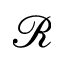
\mathscr { R }